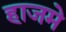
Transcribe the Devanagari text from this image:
हाजमे